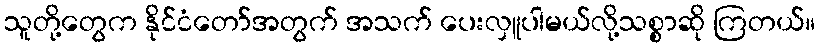
သူတို့တွေက နိုင်ငံတော်အတွက် အသက် ပေးလှူပါမယ်လို့သစ္စာဆို ကြတယ်။